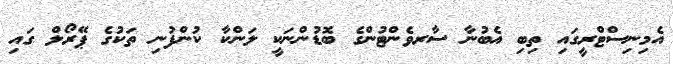
އެމިނިސްޓްރީގައި ތިބި އެބުނާ ސާރވެންޓުންގެ ބޮޑުންނަކީ ލަންކާ ކުންފުނި ތަކުގެ ޕޭރޯލް ގައި